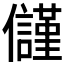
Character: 𭀑